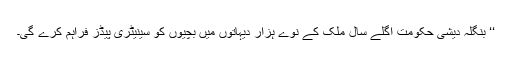
‘‘ بنگلہ دیشی حکومت اگلے سال ملک کے نوے ہزار دیہاتوں میں بچیوں کو سینیٹری پیڈز فراہم کرے گی۔